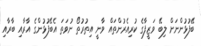
ބޭފުޅުންނަށް ލިބޭ ވަޒީފާގެ ކުރިއެރުންތައް ވާނީ އިތުރުތޯ ނުވަތަ އެބޭފުޅުންގެ އާރާއި ބާރާއި